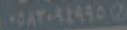
١٠٥٨٢٠٩٤٩٩٥٥